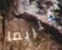
فلربما